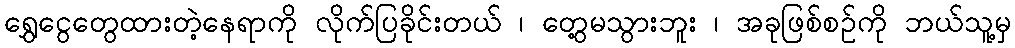
ရွှေငွေတွေထားတဲ့နေရာကို လိုက်ပြခိုင်းတယ် ၊ တွေ့မသွားဘူး ၊ အခုဖြစ်စဥ်ကို ဘယ်သူ့မှ